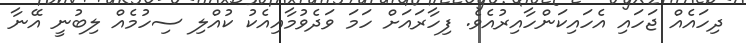
ދިހައެއް ޖަހައި އެހައިކަންހާއިރުއެވެ. ފިހާރައަށް ހަމަ ވަދެވުމާއިއެކު ކުއްލި ސިހުމެއް ލިބުނީ އޭނާ